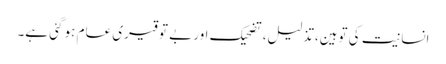
انسانیت کی توہین،تذلیل، تضحیک اور بے توقیری عام ہو گئی ہے۔